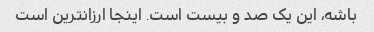
باشه، این یک صد و بیست است. اینجا ارزانترین است